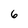
Character: 6